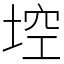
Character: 埪